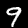
Label: 9